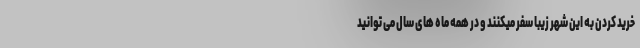
خرید کردن به این شهر زیبا سفر میکنند و در همه ماه های سال می توانید